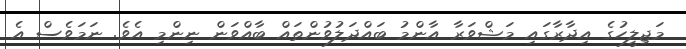
މަޖިލީހުގެ އިދާރާގައި މަޝްވަރާ އާންމު ބައްދަލުވުންތައް ބާއްވަން ނިންމި އެވެ. ނަމަވެސް އެ